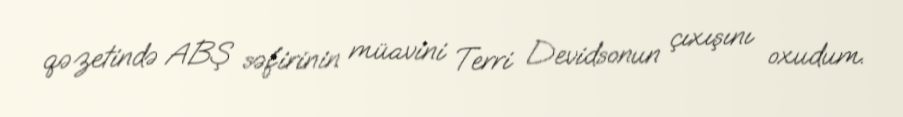
qəzetində ABŞ səfirinin müavini Terri Devidsonun çıxışını oxudum.